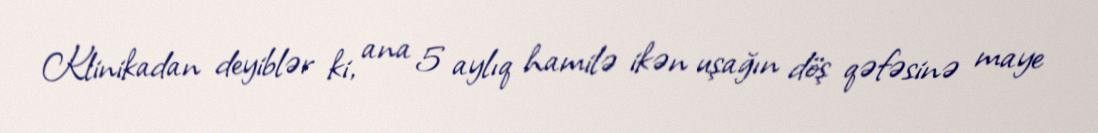
Klinikadan deyiblər ki, ana 5 aylıq hamilə ikən uşağın döş qəfəsinə maye